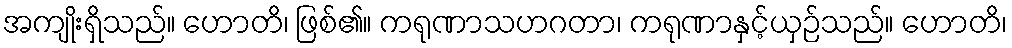
အကျိုးရှိသည်။ ဟောတိ၊ ဖြစ်၏။ ကရုဏာသဟဂတာ၊ ကရုဏာနှင့်ယှဉ်သည်။ ဟောတိ၊